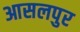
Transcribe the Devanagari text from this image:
आसलपुर